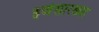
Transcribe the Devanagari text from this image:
इजेसारख्या